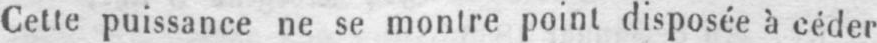
Cette puissance ne se montre point disposée à céder